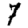
Digit: 7